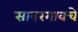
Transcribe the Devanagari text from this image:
सावरगावचे